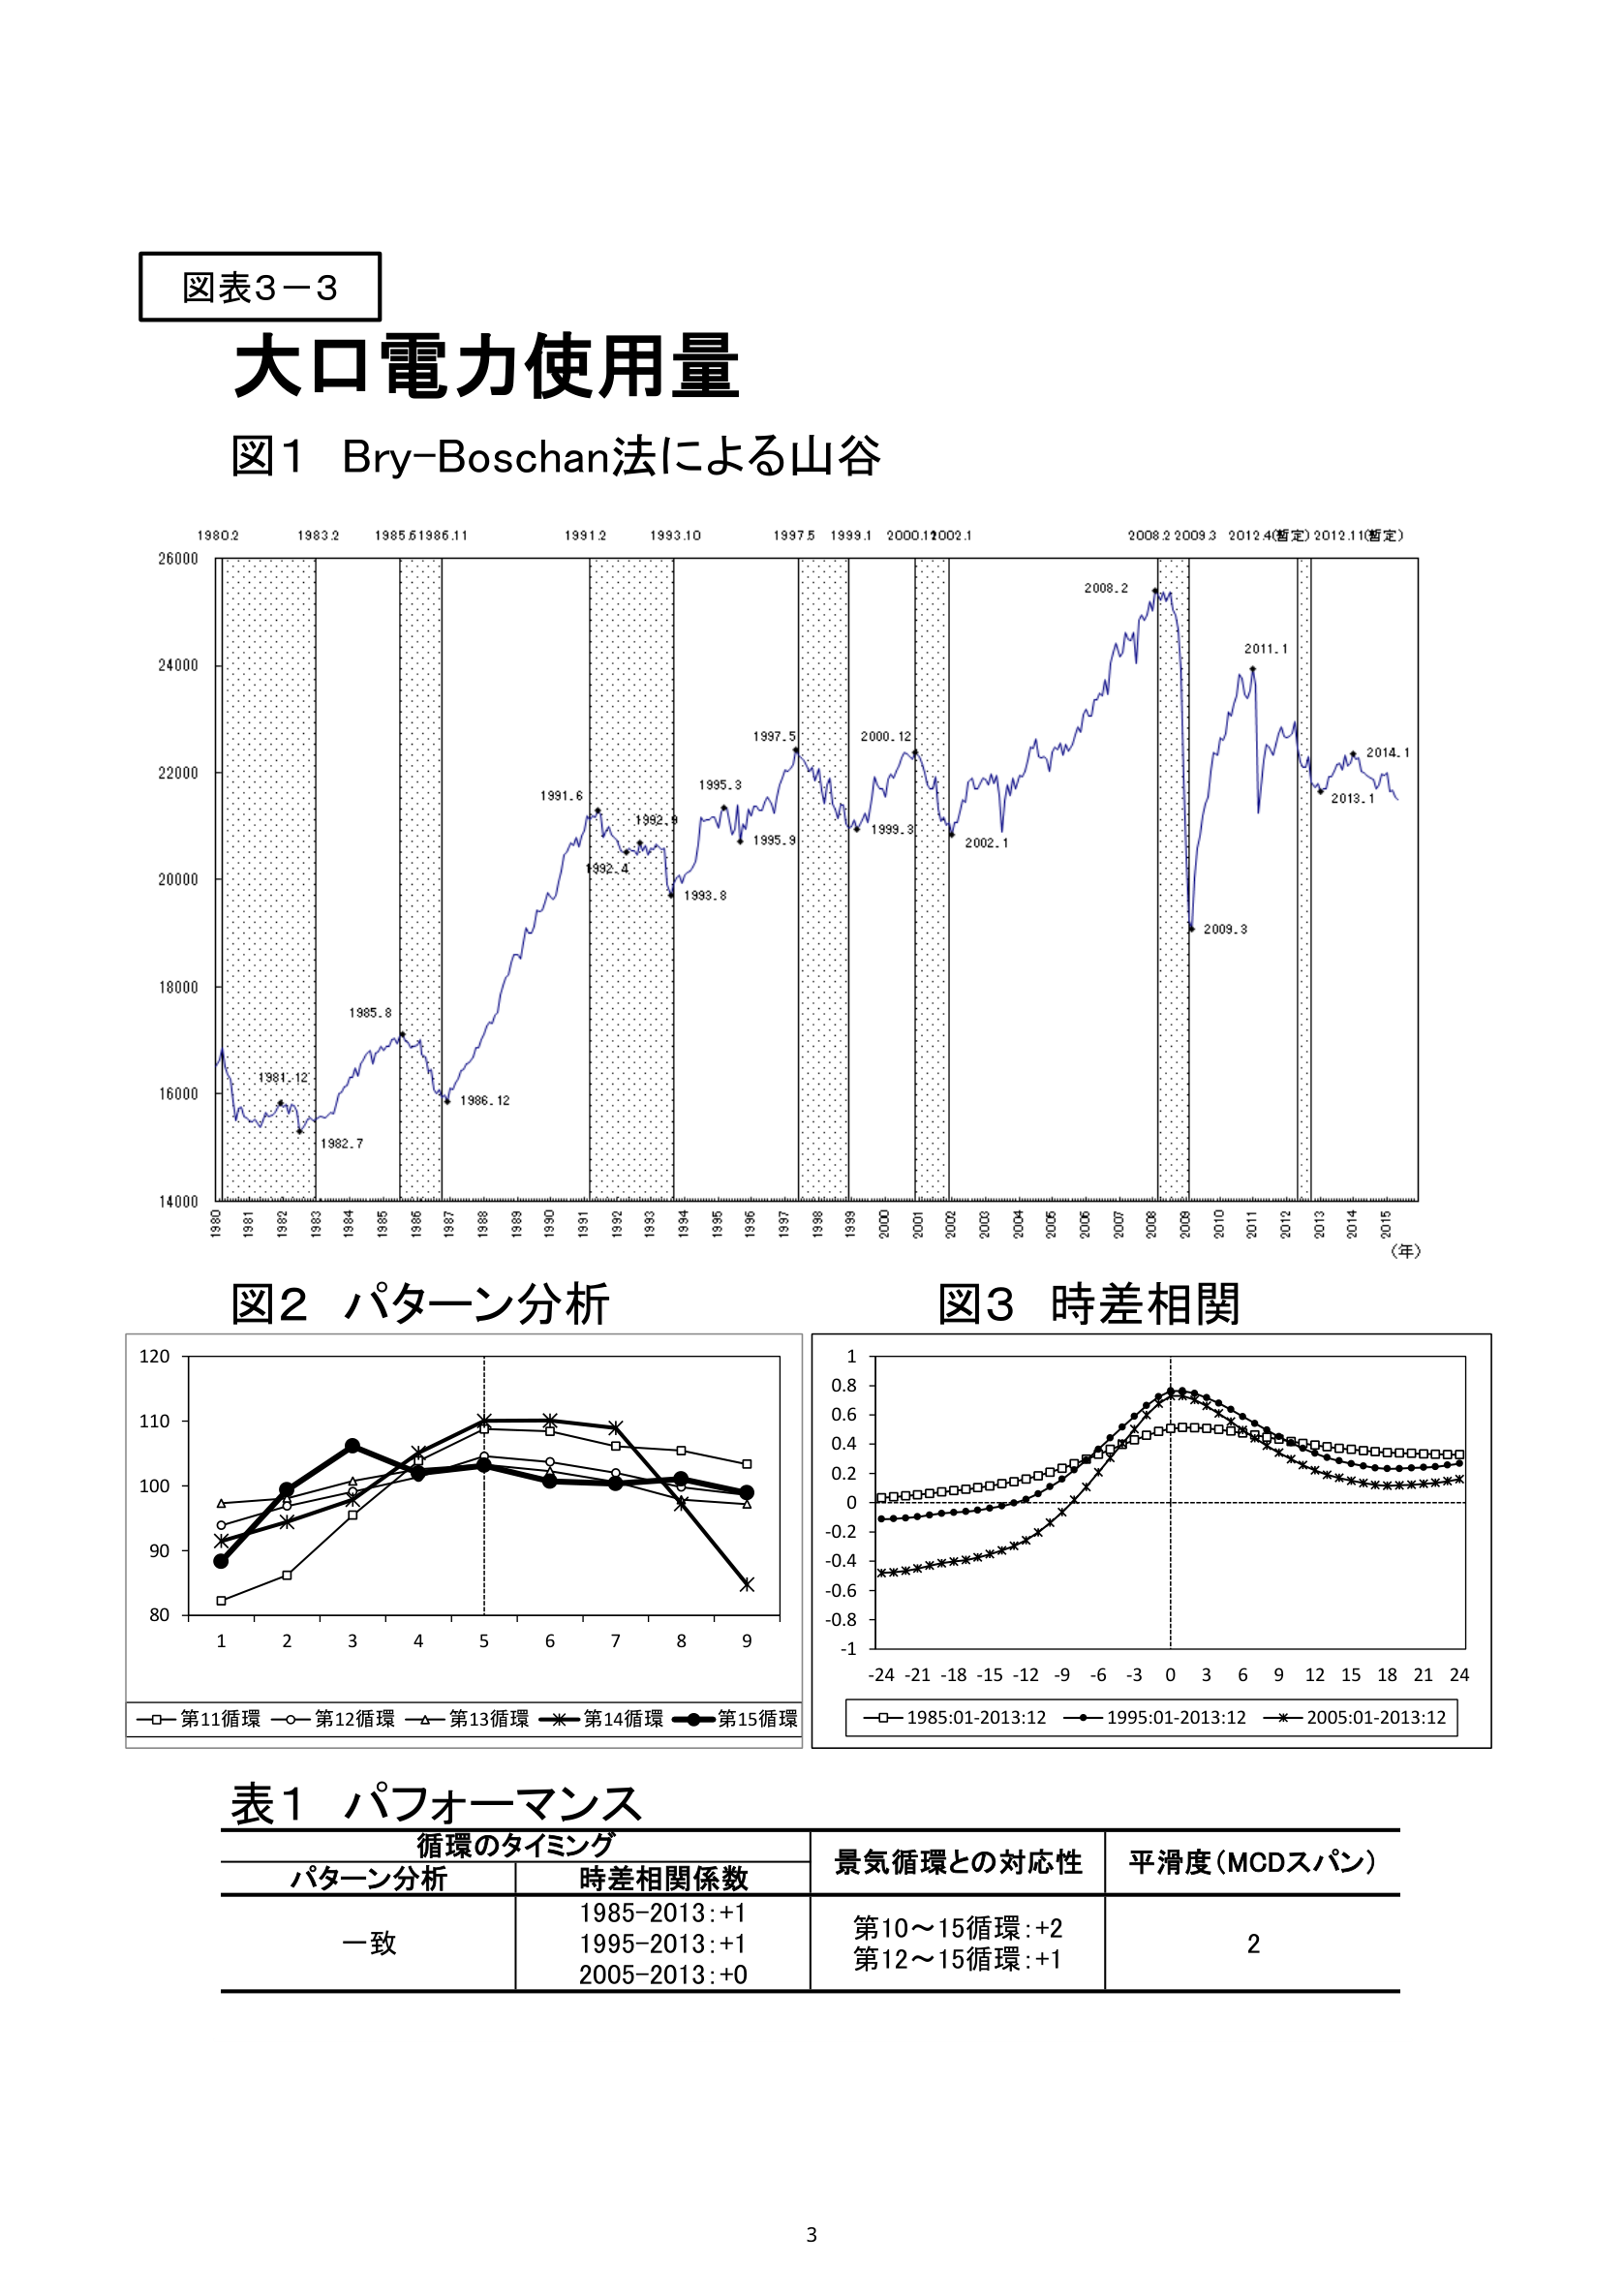
図表3-3
大口電力使用量
図1 Bry-Boschan法による山谷
1980.2 1983.2 1985.6 1986.11 1991.2 1993.10 1997.5 1999.1 2000.1 2002.1 2008.2 2009.3 2012.4(暫定) 2012.11(暫定)
26000
24000
22000
20000
18000
16000
14000
1980 1981 1982 1983 1984 1985 1986 1987 1988 1989 1990 1991 1992 1993 1994 1995 1996 1997 1998 1999 2000 2001 2002 2003 2004 2005 2006 2007 2008 2009 2010 2011 2012 2013 2014 2015
(年)
1981.12
1982.7
1985.8
1986.12
1991.6
1992.4
1992.9
1993.8
1995.3
1995.9
1997.5
1999.3
2000.12
2002.1
2008.2
2009.3
2011.1
2013.1
2014.1
図2 パターン分析
図3 時差相関
120
110
100
90
80
1 2 3 4 5 6 7 8 9
-□- 第11循環 -○- 第12循環 -△- 第13循環 -※- 第14循環 -●- 第15循環
1
0.8
0.6
0.4
0.2
0
-0.2
-0.4
-0.6
-0.8
-1
-24 -21 -18 -15 -12 -9 -6 -3 0 3 6 9 12 15 18 21 24
-□- 1985:01-2013:12 -●- 1995:01-2013:12 -※- 2005:01-2013:12
表1 パフォーマンス
循環のタイミング
パターン分析 時差相関係数
一致
1985-2013:+1
1995-2013:+1
2005-2013:+0
景気循環との対応性
第10～15循環:+2
第12～15循環:+1
平滑度(MCDスパン)
2
3